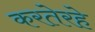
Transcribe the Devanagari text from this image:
करतेरहे